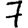
Digit: 7